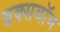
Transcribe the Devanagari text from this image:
बक्सबॉम